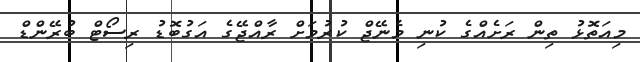
މިއަތޮޅު ތިން ރަށެއްގެ ކުނި މެނޭޖް ކުރުމަށް ރާއްޖޭގެ އަގުބޮޑު ރިސޯޓް ބުރޭންޑް